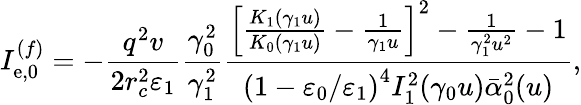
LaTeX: I_{\mathrm{e},0}^{(f)}=-\frac{q^{2}v}{2r_{c}^{2}\varepsilon_{1}}\frac{\gamma_{0}^{2}}{\gamma_{1}^{2}}\frac{\left[\frac{K_{1}(\gamma_{1}u)}{K_{0}(\gamma_{1}u)}-\frac{1}{\gamma_{1}u}\right]^{2}-\frac{1}{\gamma_{1}^{2}u^{2}}-1}{\left(1-\varepsilon_{0}/\varepsilon_{1}\right)^{4}I_{1}^{2}(\gamma_{0}u)\bar{\alpha}_{0}^{2}(u)},